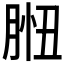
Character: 𦛾